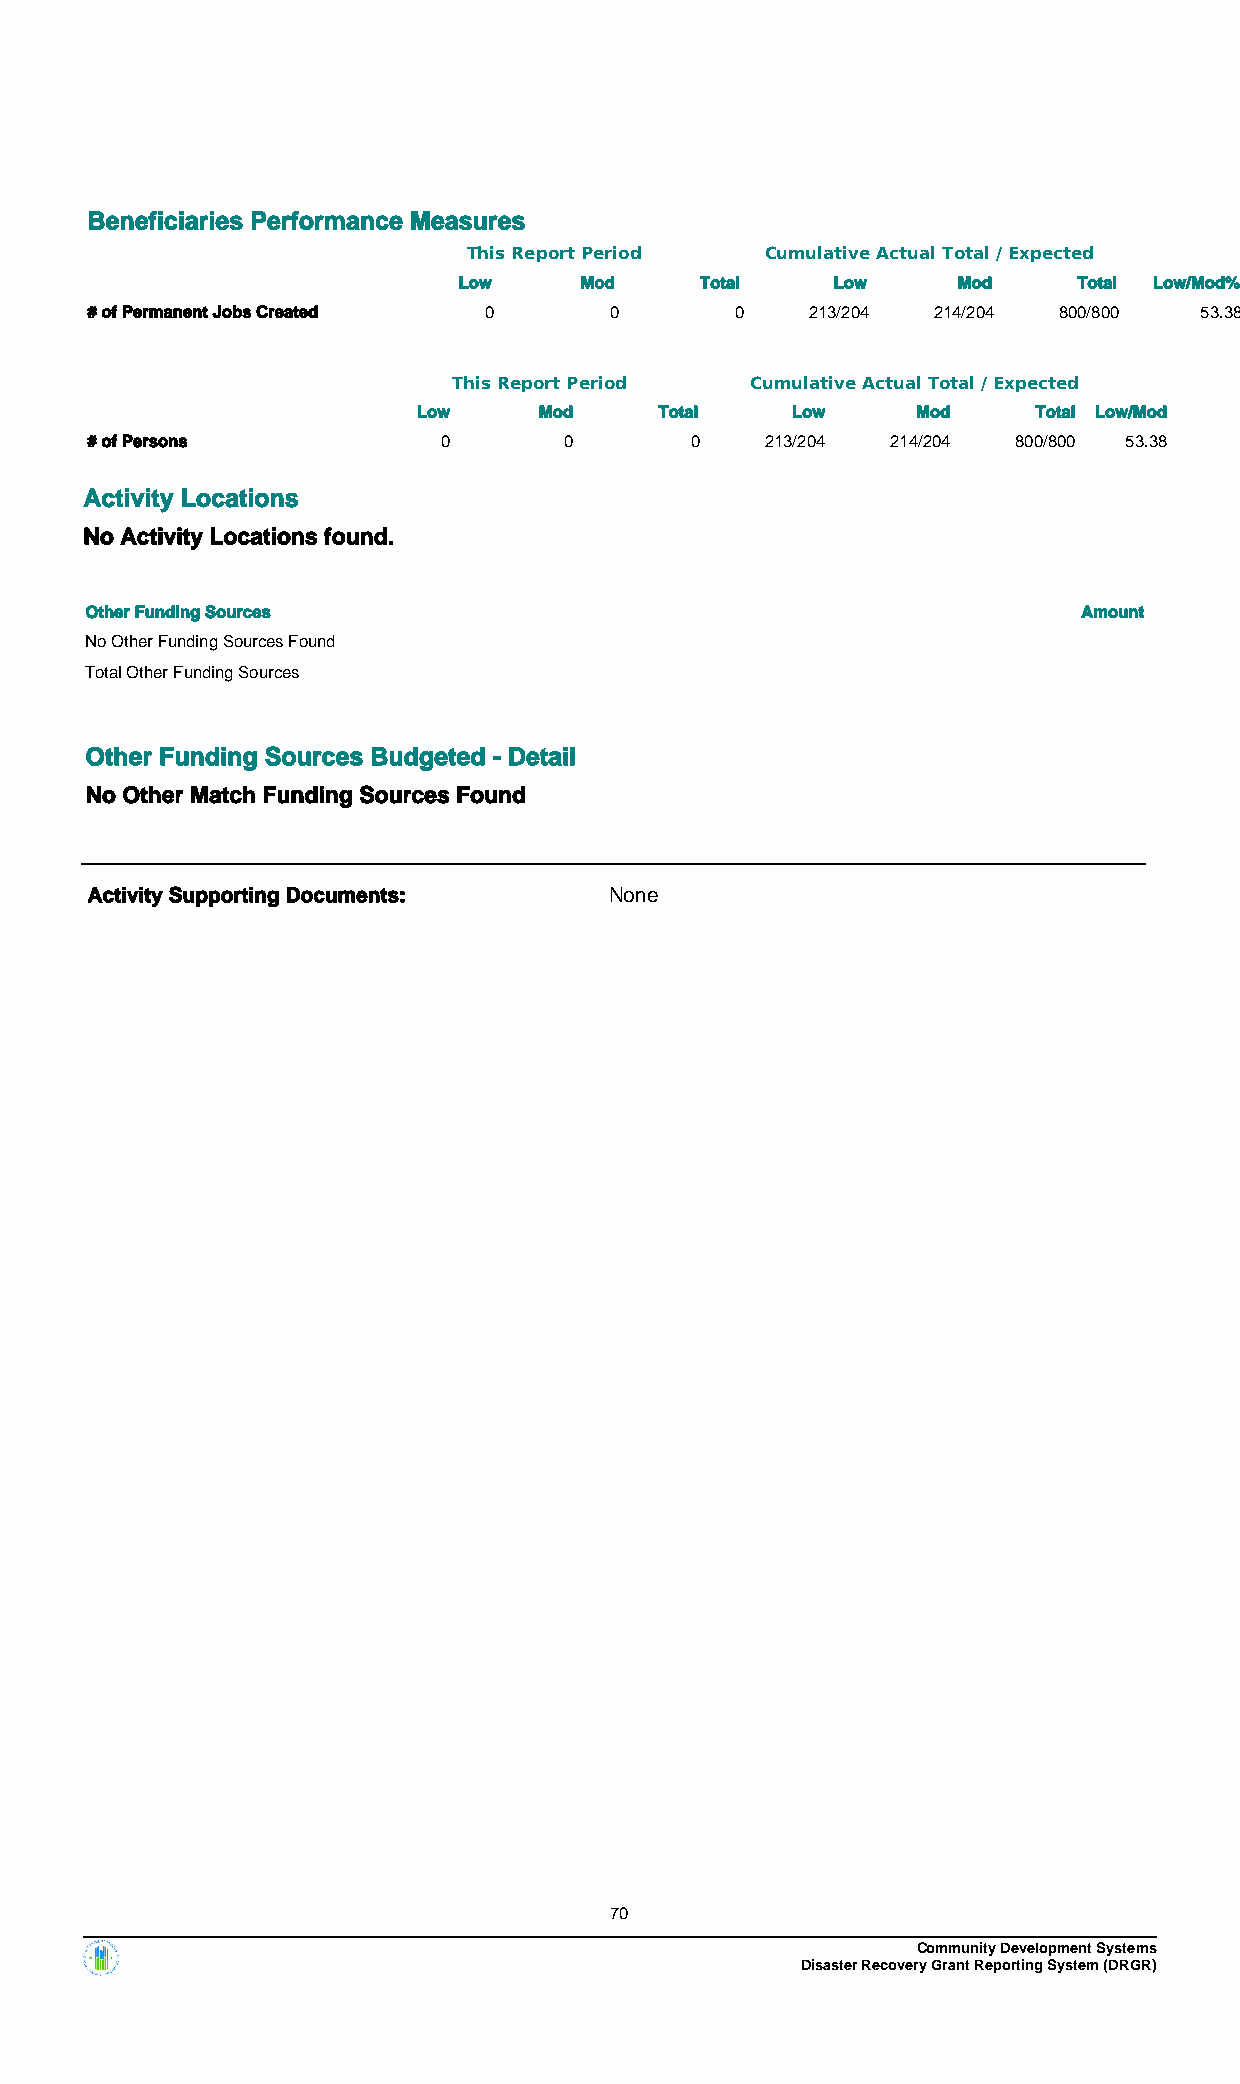
Beneficiaries Performance Measures
 This Report Period  Cumulative Actual Total / Expected
 Low     Mod     Total    Low     Mod     Total Low/Mod%
 # of Permanent Jobs Created 0     0        0    213/204 214/204 800/800  53.38
 This Report Period  Cumulative Actual Total / Expected
 Low     Mod     Total   Low      Mod     Total Low/Mod
 # of Persons           0       0        0    213/204 214/204 800/800 53.38
 Activity Locations
 No Activity Locations found.
 Other Funding Sources                                             Amount
 No Other Funding Sources Found
 Total Other Funding Sources
 Other Funding Sources Budgeted - Detail
 No Other Match Funding Sources Found
 Activity Supporting Documents:    None
 70
 Community Development Systems
 Disaster Recovery Grant Reporting System (DRGR)